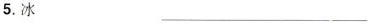
5.冰 ___